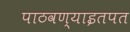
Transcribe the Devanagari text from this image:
पाठवण्याइतपत